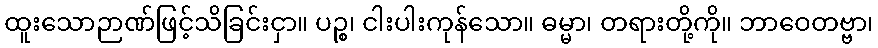
ထူးသောဉာဏ်ဖြင့်သိခြင်းငှာ။ ပဉ္စ၊ ငါးပါးကုန်သော။ ဓမ္မာ၊ တရားတို့ကို။ ဘာဝေတဗ္ဗာ၊